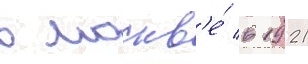
в москв'е́ в 1921